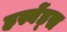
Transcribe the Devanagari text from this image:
हस्बेंड्स